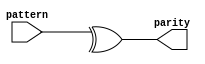
module Parity (
    input [31:0] pattern,
    output parity
);

    assign parity = ^ pattern;
endmodule